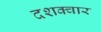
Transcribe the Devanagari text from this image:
दशक्वार